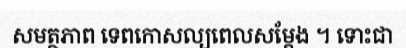
សមត្ថភាព ទេពកោសល្យពេលសម្តែង ។ ទោះជា